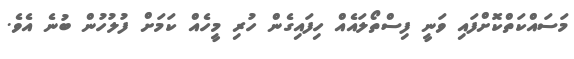
މަސައްކަތްކޮށްފައި ވަނީ ފިސްތޯލައެއް ހިފައިގެން ހުރި މީހެއް ކަމަށް ފުލުހުން ބުނެ އެވެ.